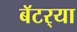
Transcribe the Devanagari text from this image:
बॅटर्‍या